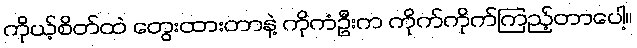
ကိုယ့်စိတ်ထဲ တွေးထားတာနဲ့ ကိုကံဦးက ကိုက်ကိုက်ကြည့်တာပေါ့။